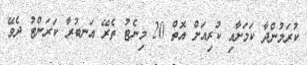
ކުރަމުންދާ ކަމަށާއި ކުރިއަށް އޮތް 20 މިނެޓު ތެރޭ އަނބުރާ ކަރަންޓު ދެވޭ